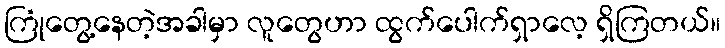
ကြုံတွေ့နေတဲ့အခါမှာ လူတွေဟာ ထွက်ပေါက်ရှာလေ့ ရှိကြတယ်။